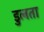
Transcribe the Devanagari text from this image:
डुलता